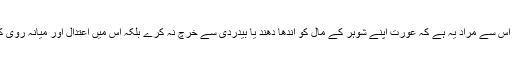
علماء نے لکھا ہے اس سے مراد یہ ہے کہ عورت اپنے شوہر کے مال کو اندھا دھند یا بیدردی سے خرچ نہ کرے بلکہ اس میں اعتدال اور میانہ روی کا پہلو اختیار کرے۔